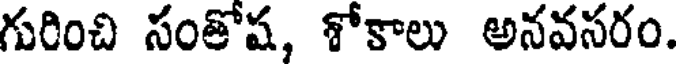
గురించి సంతోష, శోకాలు అనవసరం.